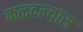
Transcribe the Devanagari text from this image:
कळवल्यास